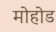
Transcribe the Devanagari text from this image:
मोहोड